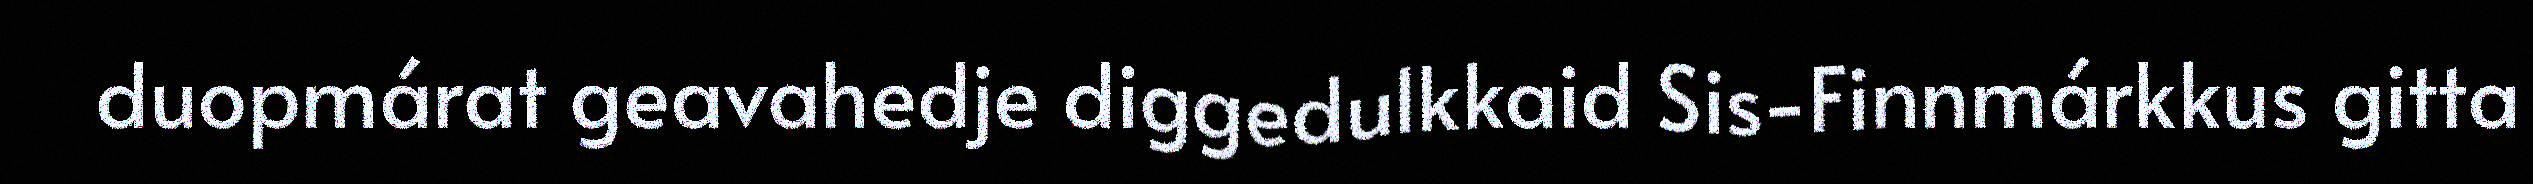
duopmárat geavahedje diggedulkkaid Sis-Finnmárkkus gitta